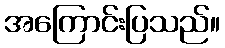
အကြောင်းပြသည်။